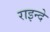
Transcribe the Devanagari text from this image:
राइन्दे